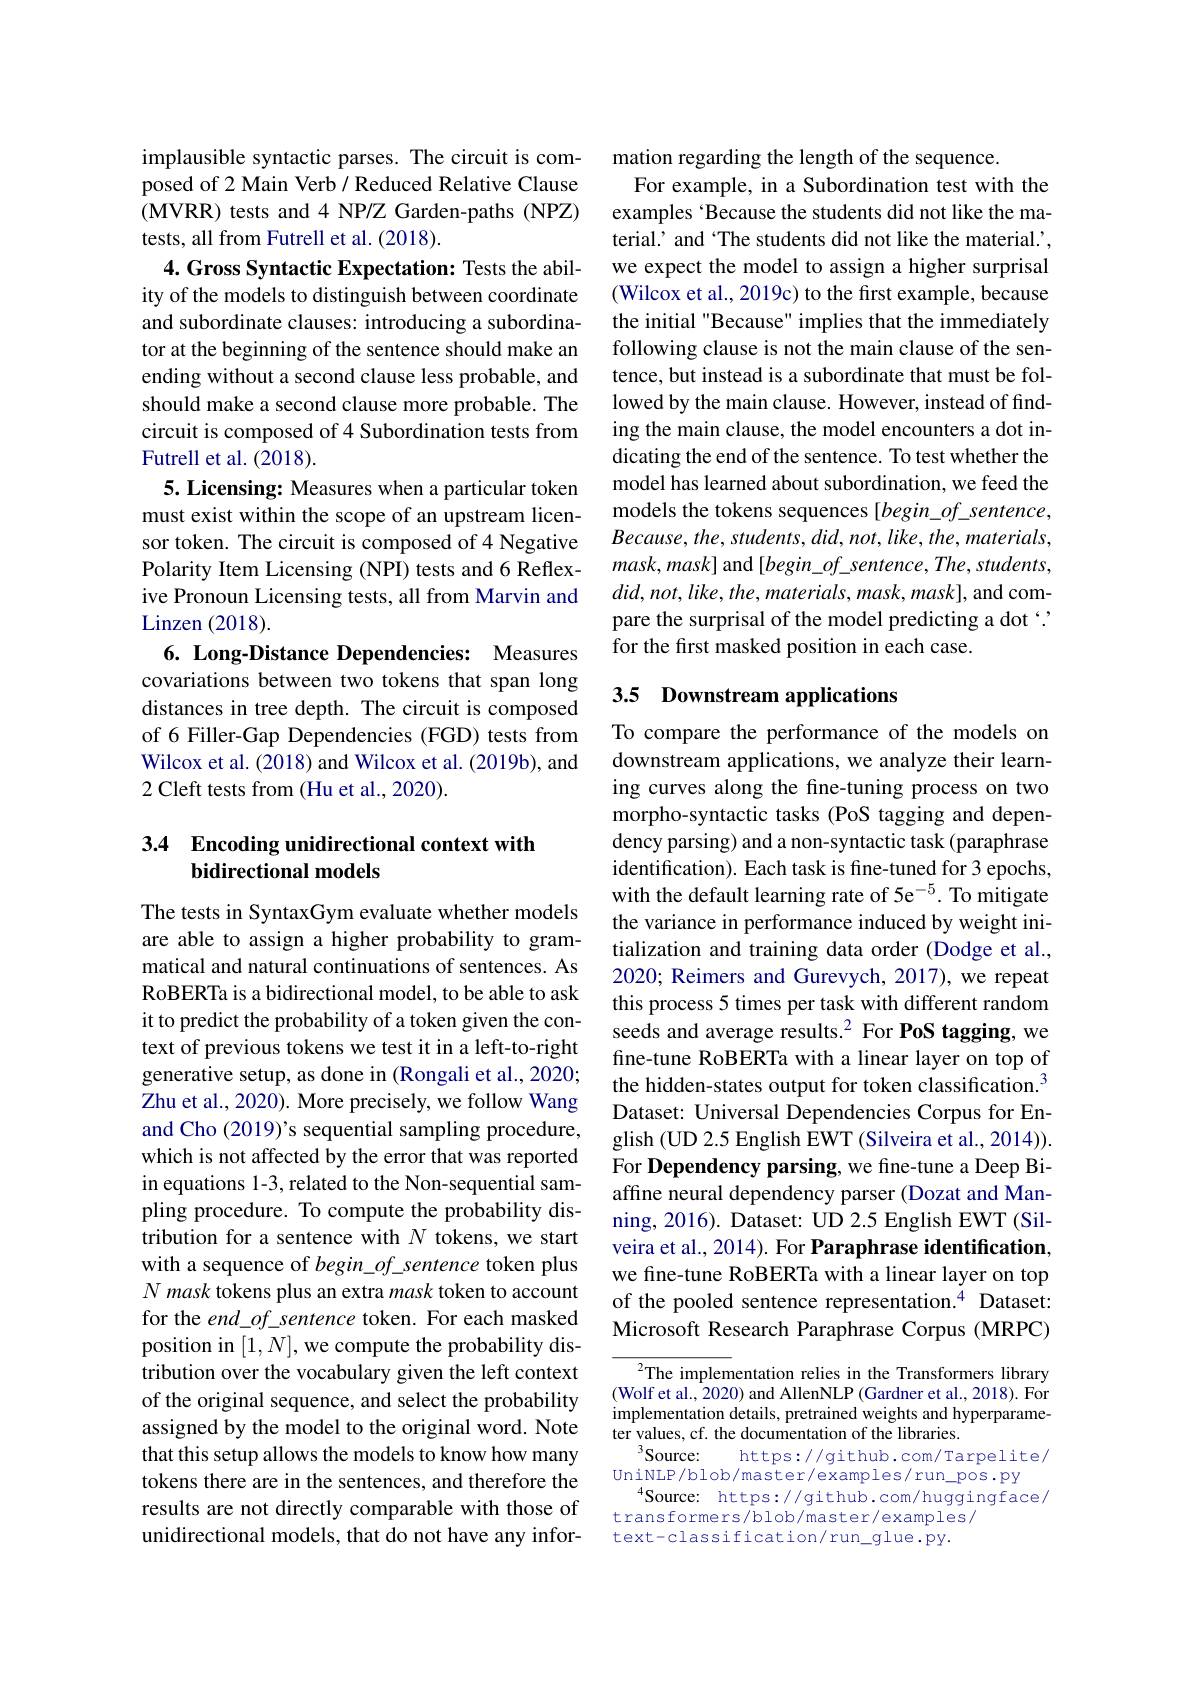
implausible syntactic parses. The circuit is composed of 2 Main Verb/ Reduced Relative Clause (MVRR) tests and 4 NP/Z Garden-paths (NPZ) tests, all from Futrell et al. (2018).
4. Gross Syntactic Expectation: Tests the ability of the models to distinguish between coordinate and subordinate clauses: introducing a subordinator at the beginning of the sentence should make an ending without a second clause less probable, and should make a second clause more probable. The circuit is composed of 4 Subordination tests from Futrell et al. (2018).
5. Licensing: Measures when a particular token must exist within the scope of an upstream licensor token. The circuit is composed of 4 Negative Polarity Item Licensing (NPI) tests and 6 Reflexive Pronoun Licensing tests, all from Marvin and Linzen (2018).
6. Long-Distance Dependencies: Measures covariations between two tokens that span long distances in tree depth. The circuit is composed of 6 Filler-Gap Dependencies (FGD) tests from Wilcox et al. (2018) and Wilcox et al. (2019b), and 2 Cleft tests from (Hu et al., 2020).

### 3.4 Encoding unidirectional context with bidirectional models

The tests in SyntaxGym evaluate whether models are able to assign a higher probability to grammatical and natural continuations of sentences. As RoBERTa is a bidirectional model, to be able to ask it to predict the probability of a token given the context of previous tokens we test it in a left-to-right generative setup, as done in (Rongali et al., 2020; Zhu et al., 2020). More precisely, we follow Wang and Cho (2019)'s sequential sampling procedure, which is not affected by the error that was reported in equations 1-3, related to the Non-sequential sampling procedure. To compute the probability distribution for a sentence with $N$ tokens, we start with a sequence of begin of sentence token plus $N\textit{ mask tokens plus an extra mask token to account}$ for the $end\_of\_sentence$ token. For each masked position in $[1,N]$,we compute the probability distribution over the vocabulary given the left context of the original sequence, and select the probability assigned by the model to the original word. Note that this setup allows the models to know how many tokens there are in the sentences, and therefore the results are not directly comparable with those of unidirectional models, that do not have any infor-

mation regarding the length of the sequence.
For example, in a Subordination test with the examples ‘Because the students did not like the material.’ and ‘The students did not like the material.’, we expect the model to assign a higher surprisal (Wilcox et al., 2019c) to the first example, because the initial "Because" implies that the immediately following clause is not the main clause of the sentence, but instead is a subordinate that must be followed by the main clause. However, instead of finding the main clause, the model encounters a dot indicating the end of the sentence. To test whether the model has learned about subordination, we feed the models the tokens sequences [begin\_of\_sentence, $Because,the,students,did,not,like,the,materials$, $mask,mask]$ and $[begin\_of\_sentence,The,students$, $did,not,like,the,materials,mask,mask]$, and compare the surprisal of the model predicting a dot $````$ for the first masked position in each case.

# 3.5 Downstream applications

To compare the performance of the models on downstream applications, we analyze their learning curves along the fine-tuning process on two morpho-syntactic tasks (PoS tagging and dependency parsing) and a non-syntactic task (paraphrase identification). Each task is fine-tuned for 3 epochs, with the default learning rate of 5e$^{-5}.$ To mitigate the variance in performance induced by weight initialization and training data order (Dodge et al., 2020; Reimers and Gurevych, 2017), we repeat this process 5 times per task with different random seeds and average results.$^2$ For PoS tagging, we fine-tune RoBERTa with a linear layer on top of the hidden-states output for token classification.$^{3}$ Dataset: Universal Dependencies Corpus for English (UD 2.5 English EWT (Silveira et al., 2014)). For Dependency parsing, we fine-tune a Deep Biaffine neural dependency parser (Dozat and Manning, 2016). Dataset: UD 2.5 English EWT (Silveira et al., 2014). For Paraphrase identification, we fine-tune RoBERTa with a linear layer on top of the pooled sentence representation.$^{\dot{4}}$ Dataset: Microsoft Research Paraphrase Corpus (MRPC)

$^{2}$The implementation relies in the Transformers library (Wolf et al., 2020) and AllenNLP (Gardner et al., 2018). For implementation details, pretrained weights and hyperparameter values, cf. the documentation of the libraries.
$^3$Source:
https://github.com/Tarpelite/
$\underset{4}{\operatorname*{\text{UniNLP/blob/master/examples/run}}}$pos.py
$^{4}$Source: https://github.com/huggingface/
transformers/blob/master/examples/
text-classification/run_glue.py.